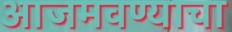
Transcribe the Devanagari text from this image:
आजमवण्याचा